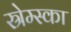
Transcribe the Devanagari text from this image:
स्रेम्स्का